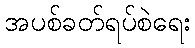
အပစ်ခတ်ရပ်စဲရေး